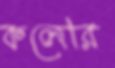
কলেরি